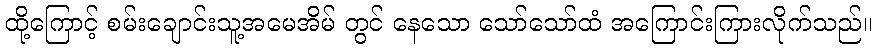
ထို့ကြောင့် စမ်းချောင်းသူ့အမေအိမ် တွင် နေသော သော်သော်ထံ အကြောင်းကြားလိုက်သည်။